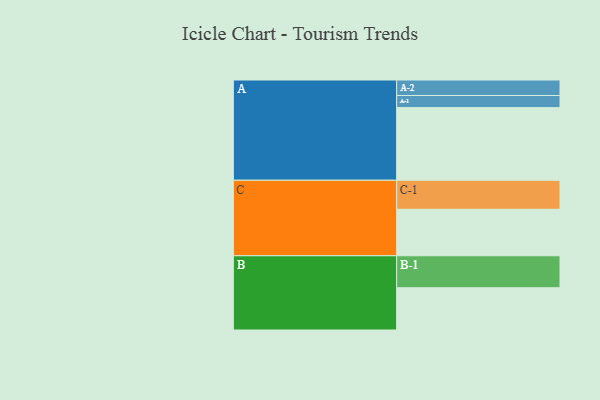
{"axis": {"x": "Segment", "y": "Value"}, "legend": ["", "A", "B", "C"], "data": [{"x": "A", "y": 581, "type": ""}, {"x": "B", "y": 338, "type": ""}, {"x": "C", "y": 372, "type": ""}, {"x": "A-1", "y": 97, "type": "A"}, {"x": "A-2", "y": 124, "type": "A"}, {"x": "B-1", "y": 256, "type": "B"}, {"x": "C-1", "y": 232, "type": "C"}]}